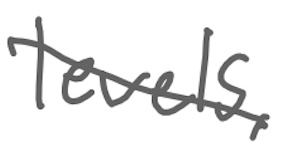
Text: levels,
Cross-out: diagonal
Writing tool: digital_gray